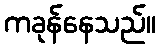
ကခုန်နေသည်။